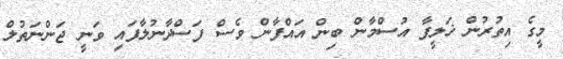
މީގެ އިތުރުން ޚަލީފާ އުސްމާން ބިން އައްފާން ވެސް ފަސްދާނުލާފައި ވަނީ ޖަންނަތުލް